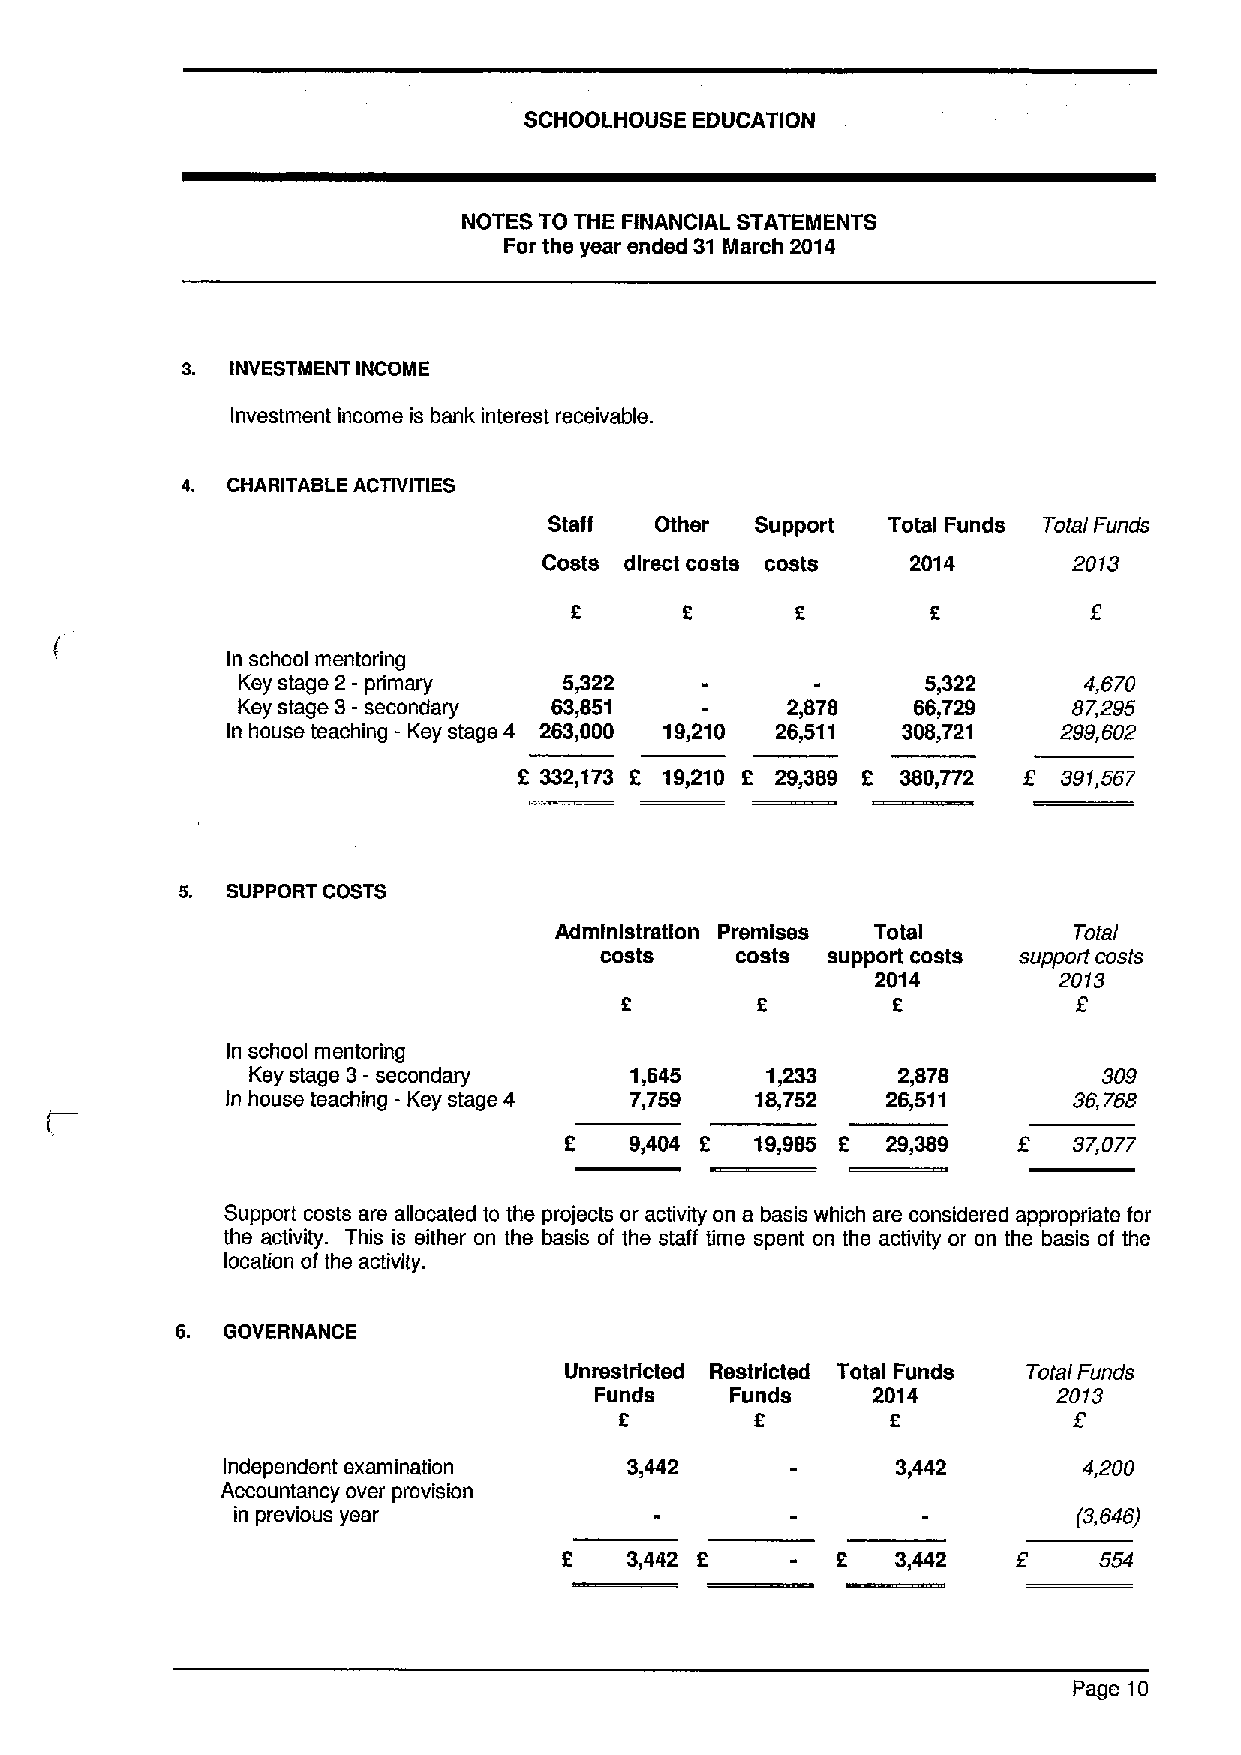
SCHOOLHOUSEEDUCATION
 NOTES TO THE FINANCIAL STATEMENTS
 For the year ended 31 llllarch 2014
 s. INVESTMENT INCOME
 Investment income is bank interest receivable.
 4. CHARITABLE ACTIVITIES
 Staff  Other  Support  Total Funds Total Funds
 Costs direct costs costs 2014      2013
 f
 E
 In school mentoring
 Key stage 2 - primary 5/22                   5,322      4,870
 Key stage 3- secondary 63,851       2,878   66,729     87,295
 In house teaching - Key stage 4 263,000 19,210 26,511 308,721 299,602
 f       f              f          f
 332,173 19,210 2 29,389 380,772   391,567
 5. SUPPORT COSTS
 Administration Premises Total     Total
 costs    costs support costs support costs
 2014        2013
 f        f        f
 In school mentoring
 Key stage 3- secondary    1,645    1,233   2,878         309
 In house teaching - Key stage 4 7,759 18,752 26,511     36,768
 f    9,404 f 19,985 f 29,389  f   37,077
 Support costs are allocated to the projects or activity on a basis which are considered appropriate for
 the activity. This is either on the basis of the staff time spent on the activity or on the basis of the
 location of the activity.
 6. GOVERNANCE
 Unrestricted Restricted Total Funds Total Funds
 Funds    Funds     2014        2013
 f                    f
 Independent examination    3,442            3,442        4,200
 Accountancy over provision
 in previous year                                        (8,646)
 f                             f
 3,442 2       2   3,442         554
 Page 10